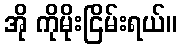
အို ကိုမိုးငြိမ်းရယ်။